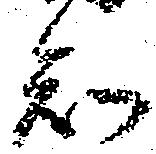
知